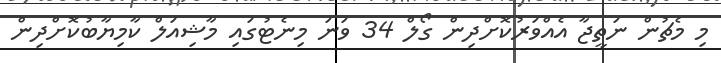
މި މެޗުން ނަތީޖާ އެއްވަރުކޮށްދިން ގޯލް 34 ވަނަ މިނެޓުގައި މާޝިއަލް ކާމިޔާބުކޮށްދިން